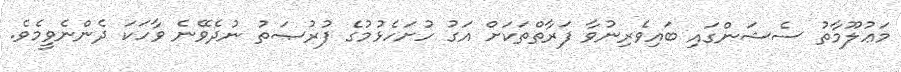
މަޢުލޫމާތު ސެޝަންގައި ބައިވެރިނުވާ ފަރާތްތަކަށް އަގު ހުށަހެޅުމުގެ ފުރުޞަތު ނުދެވޭނެ ވާހަކަ ދެންނެވީމެވެ.